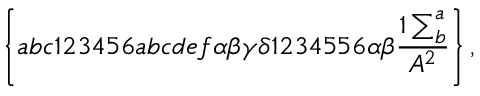
\left\{ a b c 1 2 3 4 5 6 a b c d e f \alpha \beta \gamma \delta 1 2 3 4 5 5 6 \alpha \beta \frac { 1 \sum _ { b } ^ { a } } { A ^ { 2 } } \right\} ,